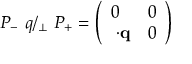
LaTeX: P _ { - } \ q { \slash } _ { \bot } \ P _ { + } = \left( \begin{array} { l l } { { 0 } } & { { 0 } } \\ { { { \bf \sigma } { \cdot } { \bf q } } } & { { 0 } } \end{array} \right)